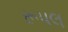
રૂપલ